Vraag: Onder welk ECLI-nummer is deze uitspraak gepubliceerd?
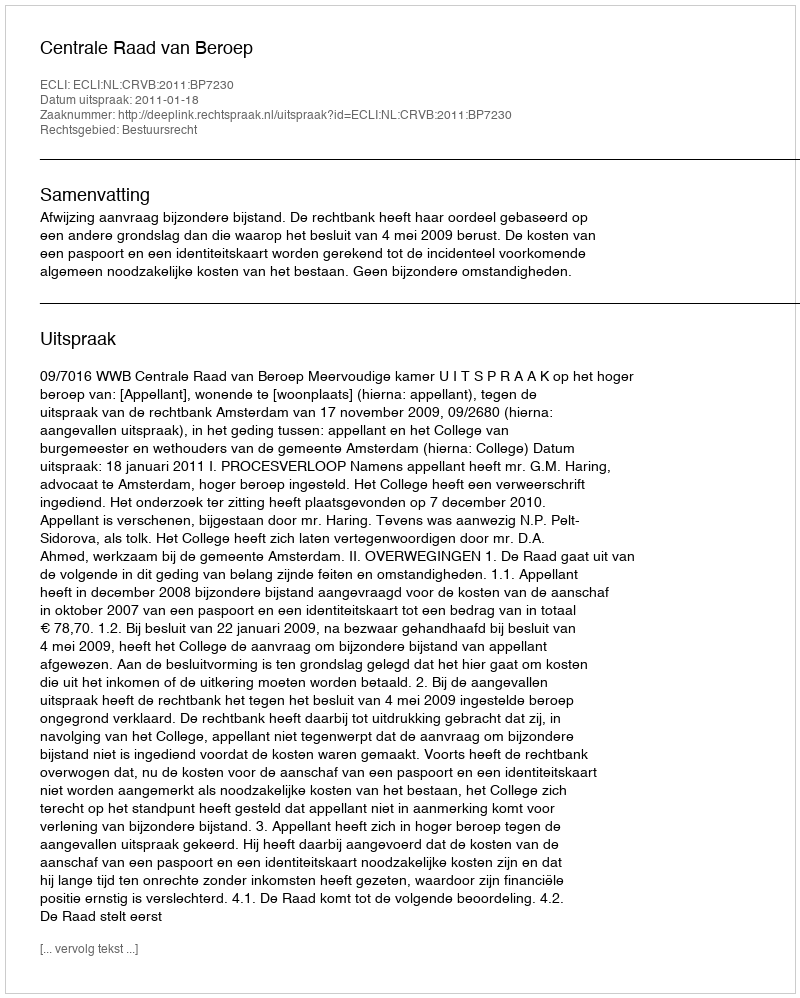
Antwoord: ECLI:NL:CRVB:2011:BP7230